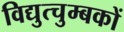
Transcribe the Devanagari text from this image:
विद्युत्चुम्बकों